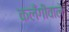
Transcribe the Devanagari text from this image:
कलँगीवाले